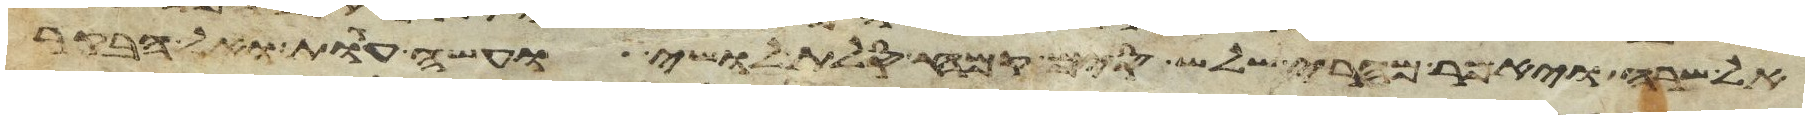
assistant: אל שרה ויאמר מהרי שלש סים קמח סלת לושי ועשה עגות ואל הבקר